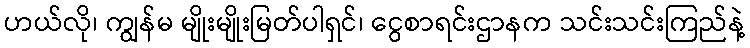
ဟယ်လို၊ ကျွန်မ မျိုးမျိုးမြတ်ပါရှင်၊ ငွေစာရင်းဌာနက သင်းသင်းကြည်နဲ့